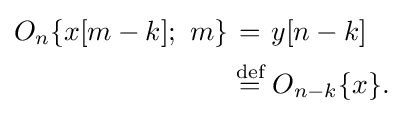
{\begin{aligned}O_{n}\{x[m-k];\ m\}&\mathrel {\stackrel {\quad }{=}} y[n-k]\\&\mathrel {\stackrel {\text{def}}{=}} O_{n-k}\{x\}.\,\end{aligned}}